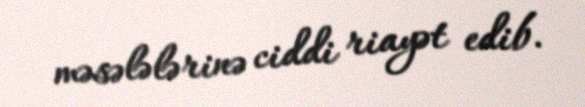
məsələlərinə ciddi riayət edib.